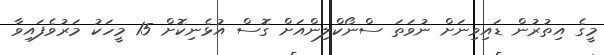
މީގެ އިތުރުން ޑައިވިނަށް ނުވަތަ ސްނޯކްލިންއަށް ގޮސް އުޅެނިކޮށް 15 މީހަކު މަރުވެފައިވާ